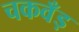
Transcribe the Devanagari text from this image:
चकवँड़